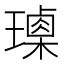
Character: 𤩰